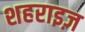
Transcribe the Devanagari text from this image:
शहराइज़